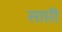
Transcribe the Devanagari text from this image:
साप्ती